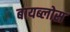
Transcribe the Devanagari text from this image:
बायब्लोस